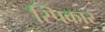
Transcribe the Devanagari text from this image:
स्पिकार